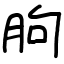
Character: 胊